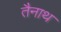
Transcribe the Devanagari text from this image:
तैनाथ